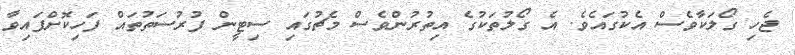
ޖެހި ގޯލަކާވެސް އެކުގައެވެ. އެ ގޯލުތަކުގެ އިތުރުންވެސް މެޗުގައި ސިޓީން ފުރުސަތުތައް ފަހިކޮށްފައިވާ